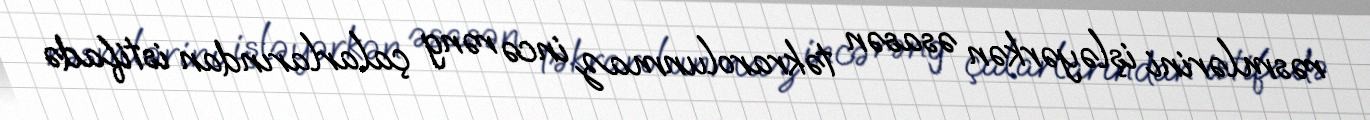
rəsmlərini işləyərkən əsasən təkrarolunmaz incə rəng çalarlarından istifadə